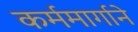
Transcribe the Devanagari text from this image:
कर्ममार्गाने